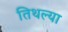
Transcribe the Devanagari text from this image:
तिथल्या